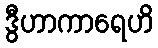
ဒွီဟာကာရေဟိ